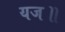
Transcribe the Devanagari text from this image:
यज॥